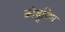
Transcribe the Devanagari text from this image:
कोवुण्णि